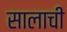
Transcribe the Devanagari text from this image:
सालाची